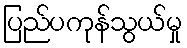
ပြည်ပကုန်သွယ်မှု